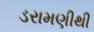
ડરામણીથી